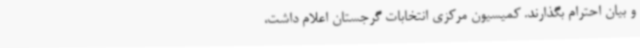
و بیان احترام بگذارند. کمیسیون مرکزی انتخابات گرجستان اعلام داشت،